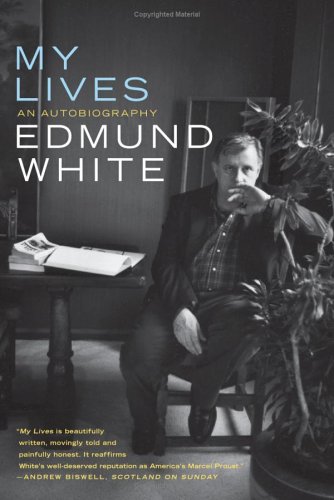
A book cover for My Lives: An Autobiography; Edmund White; Gay & Lesbian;